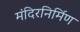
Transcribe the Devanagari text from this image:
मंदिरनिर्मिण